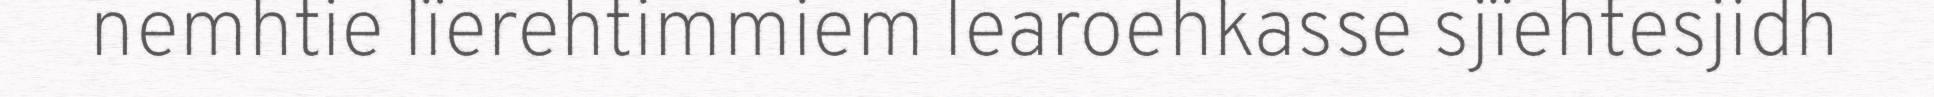
nemhtie lïerehtimmiem learoehkasse sjïehtesjidh